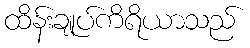
ထိန်းချုပ်ကိရိယာသည်